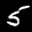
Label: 5